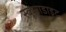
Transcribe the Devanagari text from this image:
स्कूराडाइट